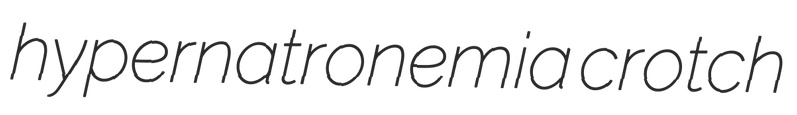
hypernatronemia crotch